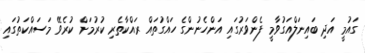
ގައުމީ އަދި ބައިނަލްއަގުވާމީ ފެންވަރުގައި އަންހެނުންގެ ހައްގުތައް ރައްކާތެރި ކުރުމަށް ކުރެވޭ މަސައްކަތުގައި